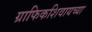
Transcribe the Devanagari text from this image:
ग्राफिकशिवायच्या